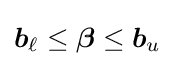
{\boldsymbol {b}}_{\ell }\leq {\boldsymbol {\beta }}\leq {\boldsymbol {b}}_{u}